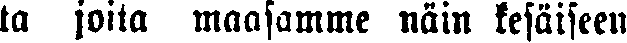
ta joita maasamme näin kesäiseen